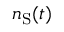
n _ { \mathrm { S } } ( t )